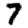
Digit: 7